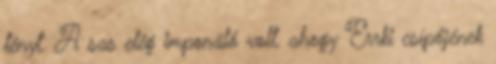
tényt. A sas elég imponáló volt, ahogy Errki csípőjének